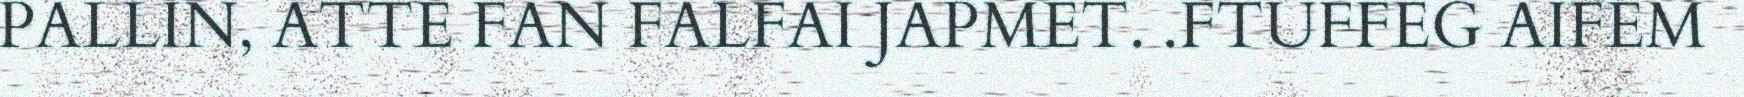
PALLIN, ATTE FAN FALFAI JAPMET. .FTUFFEG AIFEM